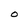
Character: O